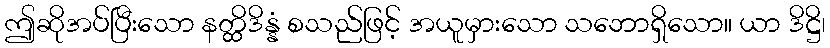
ဤဆိုအပ်ပြီးသော နတ္ထိဒိန္နံ စသည်ဖြင့် အယူမှားသော သဘောရှိသော။ ယာ ဒိဋ္ဌိ၊